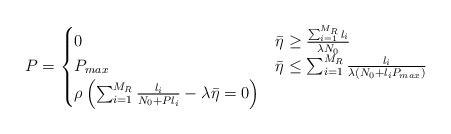
LaTeX: \begin{align*}P = \begin{cases} 0 & \bar{\eta} \geq \frac{\sum_{i=1}^{M_R}l_i}{\lambda N_0} \\ P_{max} & \bar{\eta} \leq \sum_{i=1}^{M_R} \frac{ {l_i}}{\lambda\left(N_0 + l_i P_{max}\right)}\\ \rho\left(\sum_{i=1}^{M_R}\frac{l_i}{N_0 + P l_i} - \lambda \bar{\eta} =0 \right) & \end{cases}\end{align*}